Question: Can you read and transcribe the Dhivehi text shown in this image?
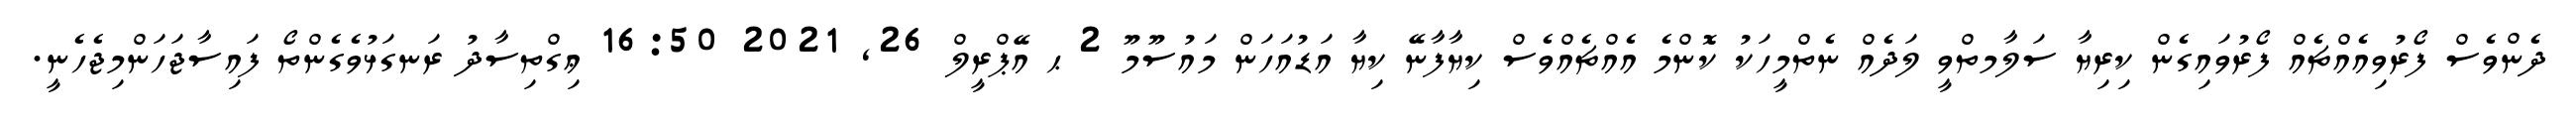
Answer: ދެންވެސް ފޯރުވިއެއްޗެއް ފޯރުވައިގެން ކިރިޔާ ސަލާމތްވީ ލަދެއް ނެތްމީހަކު ކޮންމެ އެއްޗެއްވެސް ކިޔާފާނޭ ކިޔާ އަޑުއަހަން މައުސޫމޫ 2 ޙ އޭޕްރީލް 26, 2021 16:50 ޢިގްތިސާދު ރަނގަޅުވެގެންތޯ ފައިސާޖަހަންމިޖެހެނީ.